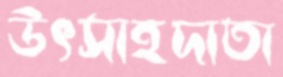
উৎসাহদাতা